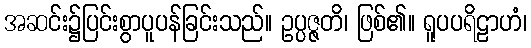
အဆင်း၌ပြင်းစွာပူပန်ခြင်းသည်။ ဥပ္ပဇ္ဇတိ၊ ဖြစ်၏။ ရူပပရိဠာဟံ၊